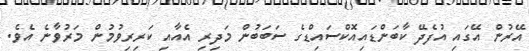
އޭރުން އޭގައި އުފެދޭ ކާބަންޑައިއޮކްސައިޑްގެ ސަބަބުން މަދިރި އެއާއި ކަރިރިވުމުން މަރުވާނެ އެވެ.